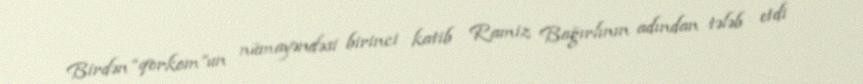
Birdən “qorkom”un nümayəndəsi birinci katib Ramiz Bağırlının adından tələb etdi